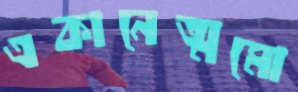
একানেত্মমো